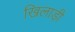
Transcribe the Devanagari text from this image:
खिलाड़ी